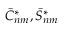
\bar { C } _ { n m } ^ { * } , \bar { S } _ { n m } ^ { * }